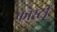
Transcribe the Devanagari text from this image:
फ्रोस्टी